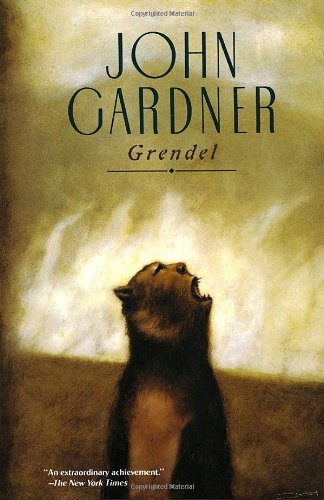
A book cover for Grendel; John Gardner; Science Fiction & Fantasy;